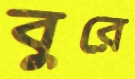
বুরে